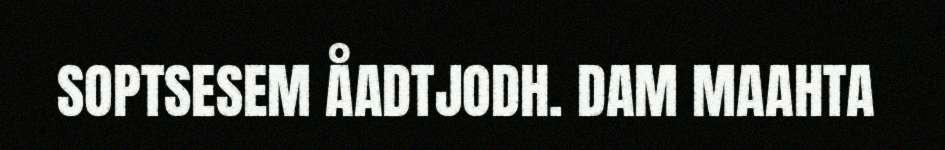
SOPTSESEM ÅADTJODH. DAM MAAHTA